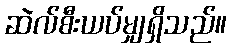
ဆဲလ်စီးယပ်မျှရှိသည်။